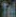
Tel